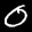
Label: 0